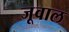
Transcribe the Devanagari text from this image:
जूवाल